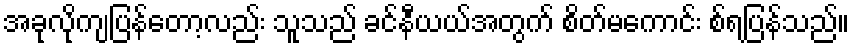
အခုလိုကျပြန်တော့လည်း သူသည် ခင်နီယယ်အတွက် စိတ်မကောင်း စ်ရပြန်သည်။